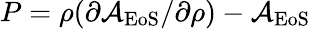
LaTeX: P=\rho(\partial\mathcal{A}_{\mathrm{EoS}}/\partial\rho)-\mathcal{A}_{\mathrm{EoS}}